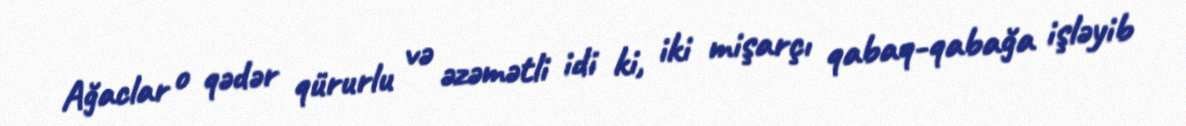
Ağaclar o qədər qürurlu və əzəmətli idi ki, iki mişarçı qabaq-qabağa işləyib